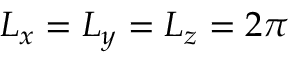
L _ { x } = L _ { y } = L _ { z } = 2 \pi